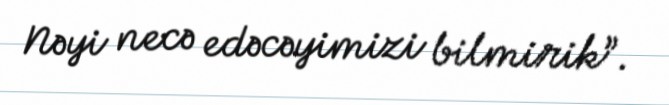
Nəyi necə edəcəyimizi bilmirik”.